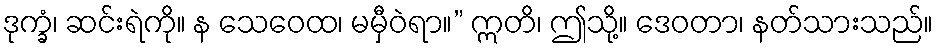
ဒုက္ခံ၊ ဆင်းရဲကို။ န သေဝေထ၊ မမှီဝဲရာ။” ဣတိ၊ ဤသို့။ ဒေဝတာ၊ နတ်သားသည်။